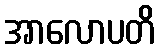
အာလောပတိ